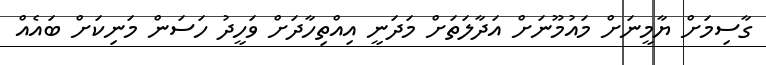
ގާސިމަށް ޔާމީނަށް މައުމޫނަށް އަދާލަތަށް މަދަނީ އިއްތިހާދަށް ވަހީދު ހަސަން މަނިކަށް ބައެއް